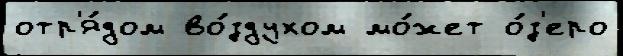
отр'я́дом во́здухом мо́жет о́з'еро